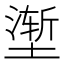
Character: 𰊢